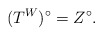
\begin{align*}(T^W)^\circ=Z^\circ.\end{align*}